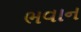
ભવાન